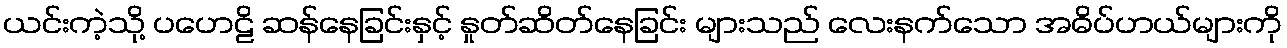
ယင်းကဲ့သို့ ပဟေဠိ ဆန်နေခြင်းနှင့် နှုတ်ဆိတ်နေခြင်း များသည် လေးနက်သော အဓိပ်ပာယ်များကို